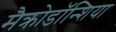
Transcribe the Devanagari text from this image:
मैक्रोडॉन्शिया